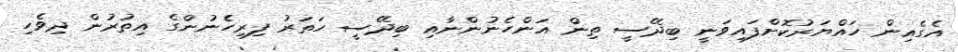
އެގެއިން ހައްޔަރުކޮށްފައިވަނީ ބިދޭސީ ތިން އަންހެނުންނާއި ބިދޭސީ ހަތަރު ފިރިހެނުންގެ އިތުރުން ދިވެހި